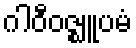
ဂါဝီဝဇ္ဈူပမံ